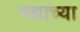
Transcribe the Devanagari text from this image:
गद्याच्या